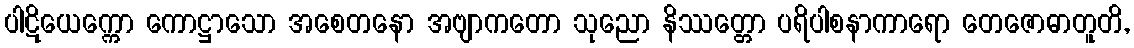
ပါဋိယေက္ကော ကောဋ္ဌာသော အစေတနော အဗျာကတော သုညော နိဿတ္တော ပရိပါစနာကာရော တေဇောဓာတူတိ,